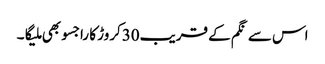
اس سے نگم کے قریب30کروڑ کا راجسو بھی ملیگا۔